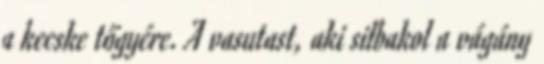
a kecske tőgyére. A vasutast, aki silbakol a vágány